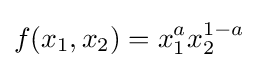
f(x_{1},x_{2})=x_{1}^{a}x_{2}^{1-a}